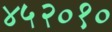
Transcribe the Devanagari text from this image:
४५२०१०